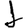
Digit: 1